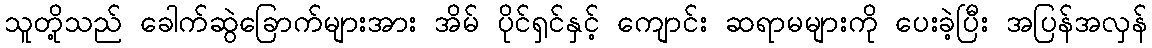
သူတို့သည် ခေါက်ဆွဲခြောက်များအား အိမ် ပိုင်ရှင်နှင့် ကျောင်း ဆရာမများကို ပေးခဲ့ပြီး အပြန်အလှန်